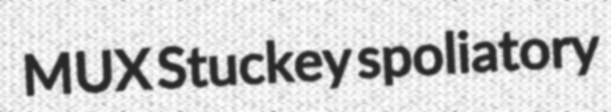
MUX Stuckey spoliatory